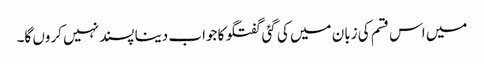
میں اس قسم کی زبان میں کی گئی گفتگو کا جواب دینا پسند نہیں کروں گا۔